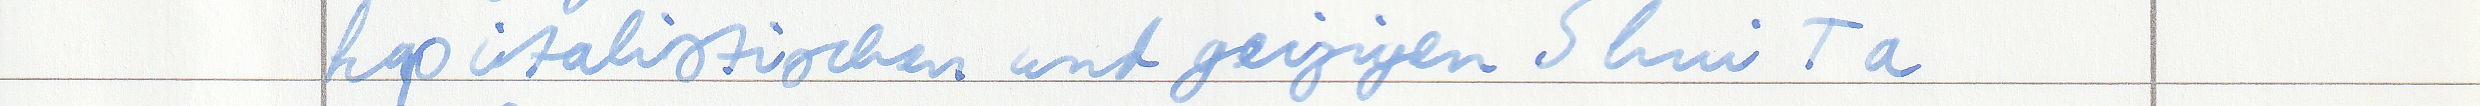
kapitalistischen und geizigen Shui Ta